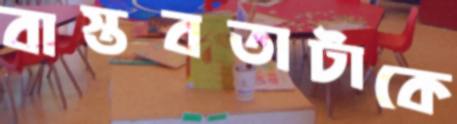
বাস্তবতাটাকে